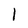
Character: 1